Vaccination North-Western Provinces and Oudh 1878-1895 - 1878-1895
Year: 1878
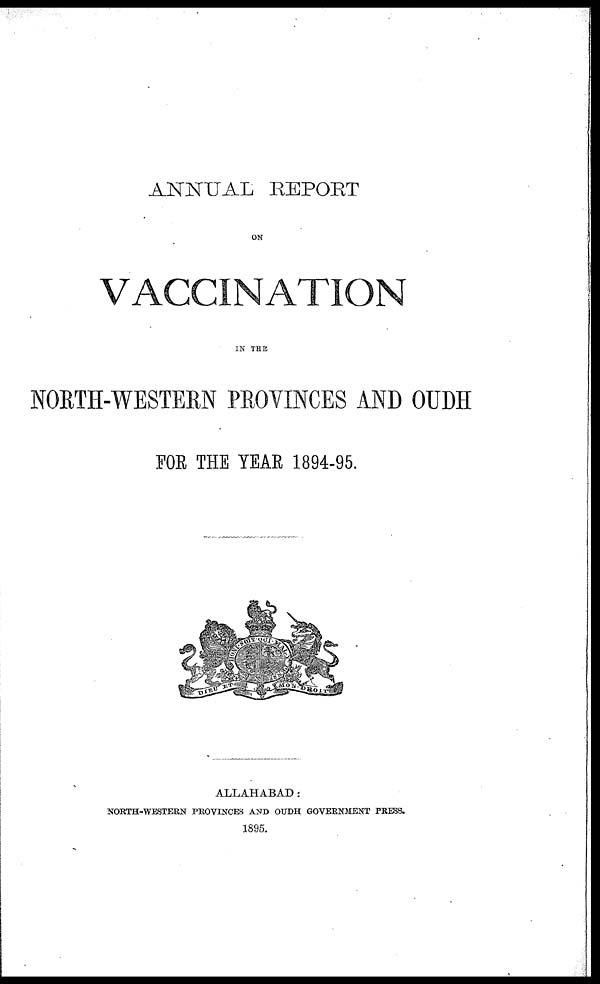
ANNUAL REPORT
ON
VACCINATION
IN THE
NORTH-WESTERN PROVINCES AND OUDH
FOR THE YEAR 1894-95.
ALLAHABAD:
NORTH-WESTERN PROVINCES AND OUDH GOVERNMENT PRESS.
1895.